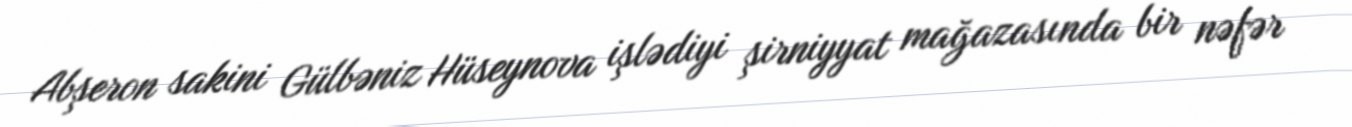
Abşeron sakini Gülbəniz Hüseynova işlədiyi şirniyyat mağazasında bir nəfər